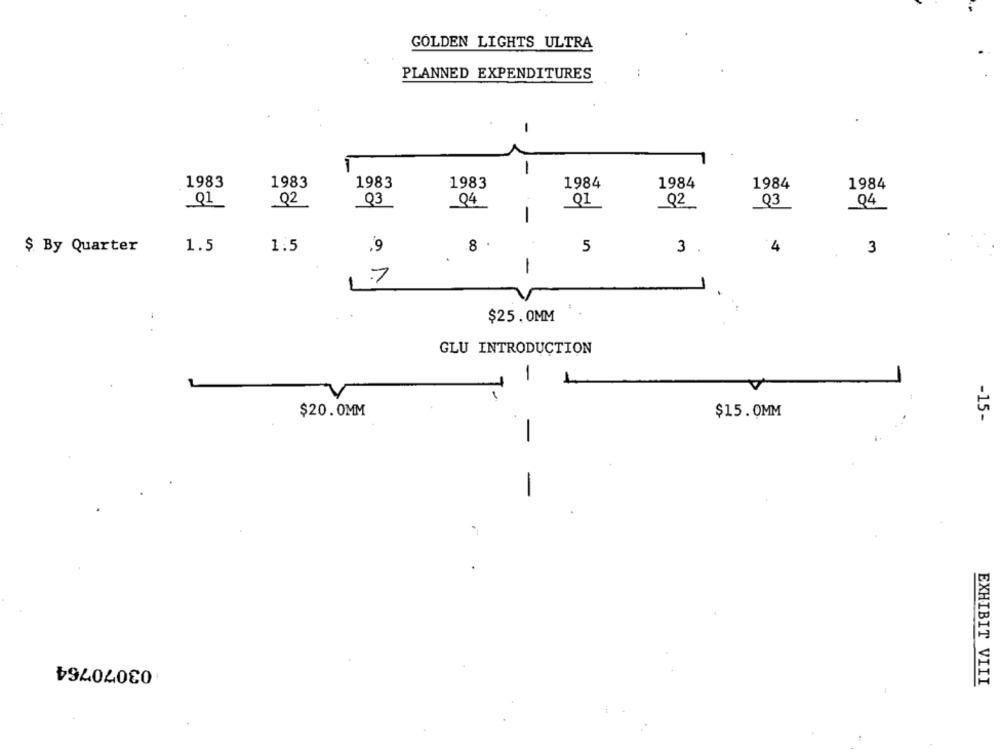
GOLDEN LIGHTS ULTRA
PLANNED EXPENDITURES
-
-
1983
1983
1983
1983
1984
1984
1984
1984
Q1
Q2
Q3
Q4
Q1
Q2
Q3
Q4
1.5
1.5
,9
.8
5
3 .
4
3
$ By Quarter
1
7
-
$25.0MM
GLU INTRODUCTION
-
$20.0MM
$15.0MM
-15-
-
-
:03070764
EXHIBIT VIII